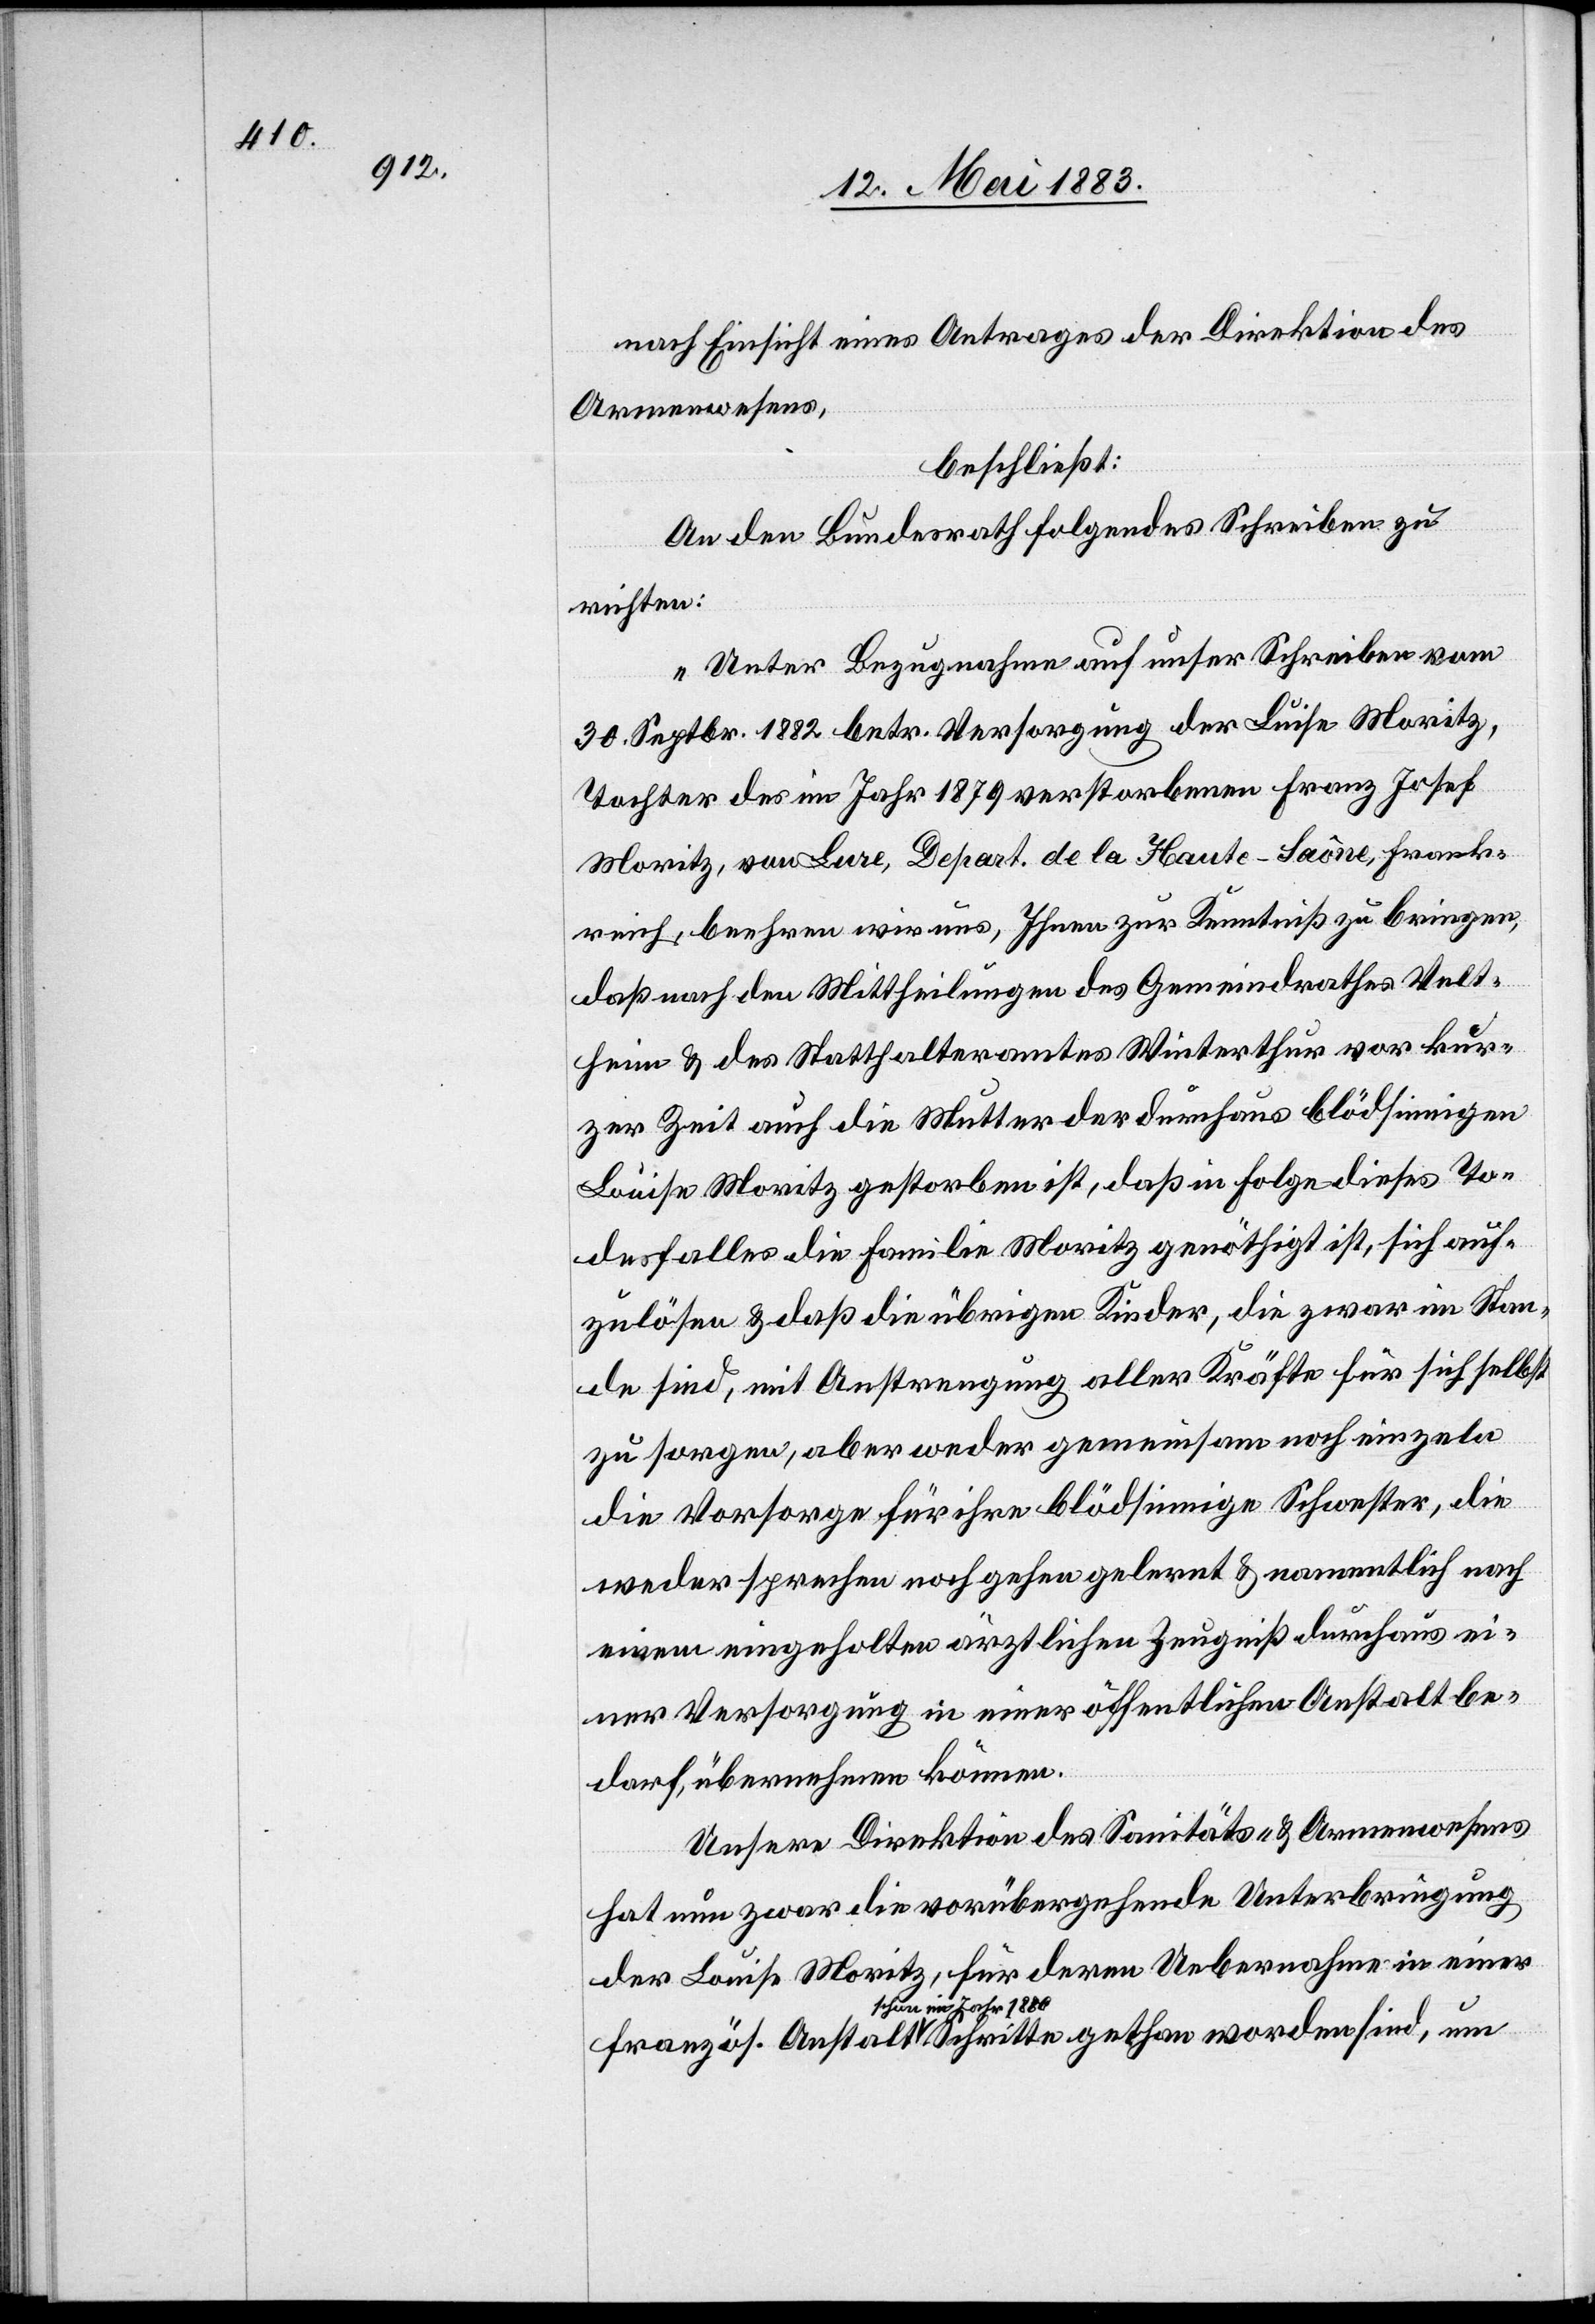
nach Einsicht eines Antrages der Direktion des
Armenwesens
beschließt:
An den Bundesrath folgendes Schreiben zu
richten:
„Unter Bezugnahme auf unser Schreiben vom
30. Septbr. 1882 betr. Versorgung der Luise Moritz,
Tochter des im Jahr 1879 verstorbenen Franz Josef
Moritz, von Lure, Depart. de la Haute-Saône, Frank¬
reich, beehren wir uns, Ihnen zur Kenntniß zu bringen,
daß nach den Mittheilungen des Gemeindrathes Velt¬
heim & des Statthalteramtes Winterthur vor kur¬
zer Zeit auch die Mutter der durchaus blödsinnigen
Luise Moritz gestorben ist, daß in Folge dieses To¬
desfalles die Familie Moritz genöthigt ist, sich auf¬
zulösen & daß die übrigen Kinder, die zwar im Stan¬
de sind, mit Anstrengung aller Kräfte für sich selbst
zu sorgen, aber weder gemeinsam noch einzeln
die Vorsorge für ihre blödsinnige Schwester, die
weder sprechen noch gehen gelernt & namentlich nach
einem eingeholten ärztlichen Zeugniß durchaus ei¬
ner Versorgung in einer öffentlichen Anstalt be¬
darf, übernehmen können.
Unsere Direktion des Sanitäts- & Gefängnißwesens-
hat nun zwar die vorübergehende Unterbringung
der Louise Moritz, für deren Uebernahme in einer
schon im Jahr 1880